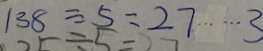
1 3 8 \div 5 = 2 7 \cdots 3